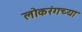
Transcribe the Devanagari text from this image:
लोकरंगच्या